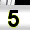
Digit: 5